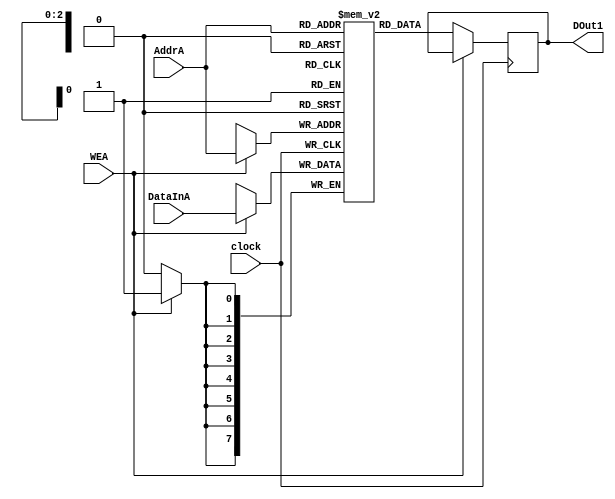
module memory_8x8(DOut1, AddrA, WEA, DataInA, clock);

output reg [7:0] DOut1;
input wire [2:0] AddrA;
input wire WEA;
input wire [7:0] DataInA;
input clock;

reg [7:0] memory_8x8 [7:0];

always @(posedge clock)
begin
	if(WEA)
	begin
		memory_8x8[AddrA] <= DataInA;
	end
	else
	begin
		DOut1 <= memory_8x8[AddrA];
	end
end

endmodule